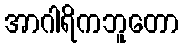
အာဂါရိကဘူတော